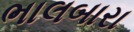
ભાલબારા